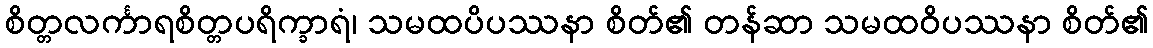
စိတ္တလင်္ကာရစိတ္တပရိက္ခာရံ၊ သမထပိပဿနာ စိတ်၏ တန်ဆာ သမထဝိပဿနာ စိတ်၏